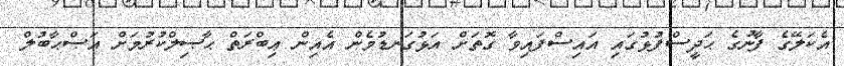
އެކަލޭގެ ފާނުގެ ޙަދީސްފުޅުގައި އައިސްފައިވާ ގޮތަށް އަޅުގަނޑުމެން އެއިން ޢިބްރަތް ޙާޞިލްކުރުމަށް އަޞްޙާބުލް